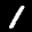
Label: 1